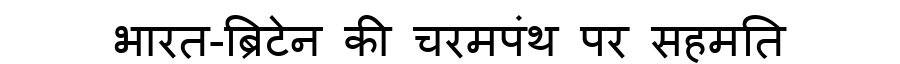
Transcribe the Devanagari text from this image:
भारत-ब्रिटेन की चरमपंथ पर सहमति